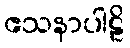
ဧသနာပါဠိ